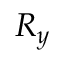
R _ { y }